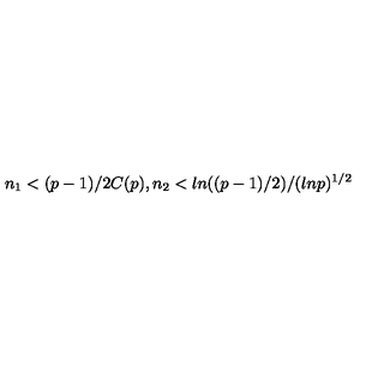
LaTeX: n _ { 1 } < ( p - 1 ) / 2 C ( p ) , n _ { 2 } < l n ( ( p - 1 ) / 2 ) / ( l n p ) ^ { 1 / 2 }